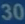
3d30